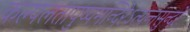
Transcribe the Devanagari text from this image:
कल्पलतापुष्पमन्दिरेऽत्यन्तसुन्दरे